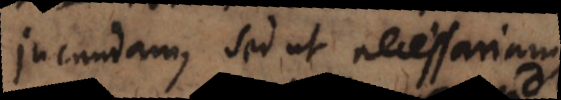
jucundam, sed ut necessariam,